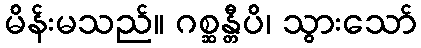
မိန်းမသည်။ ဂစ္ဆန္တီပိ၊ သွားသော်